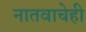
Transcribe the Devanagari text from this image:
नातवाचेही